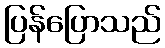
ပြန်ပြောသည်